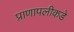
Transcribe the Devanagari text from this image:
प्राणापलीकडे